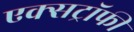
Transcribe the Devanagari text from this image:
एक्सट्रॉफी